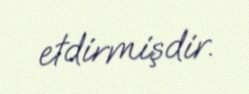
etdirmişdir.